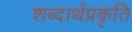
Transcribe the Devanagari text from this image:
शब्दार्थप्रकृति